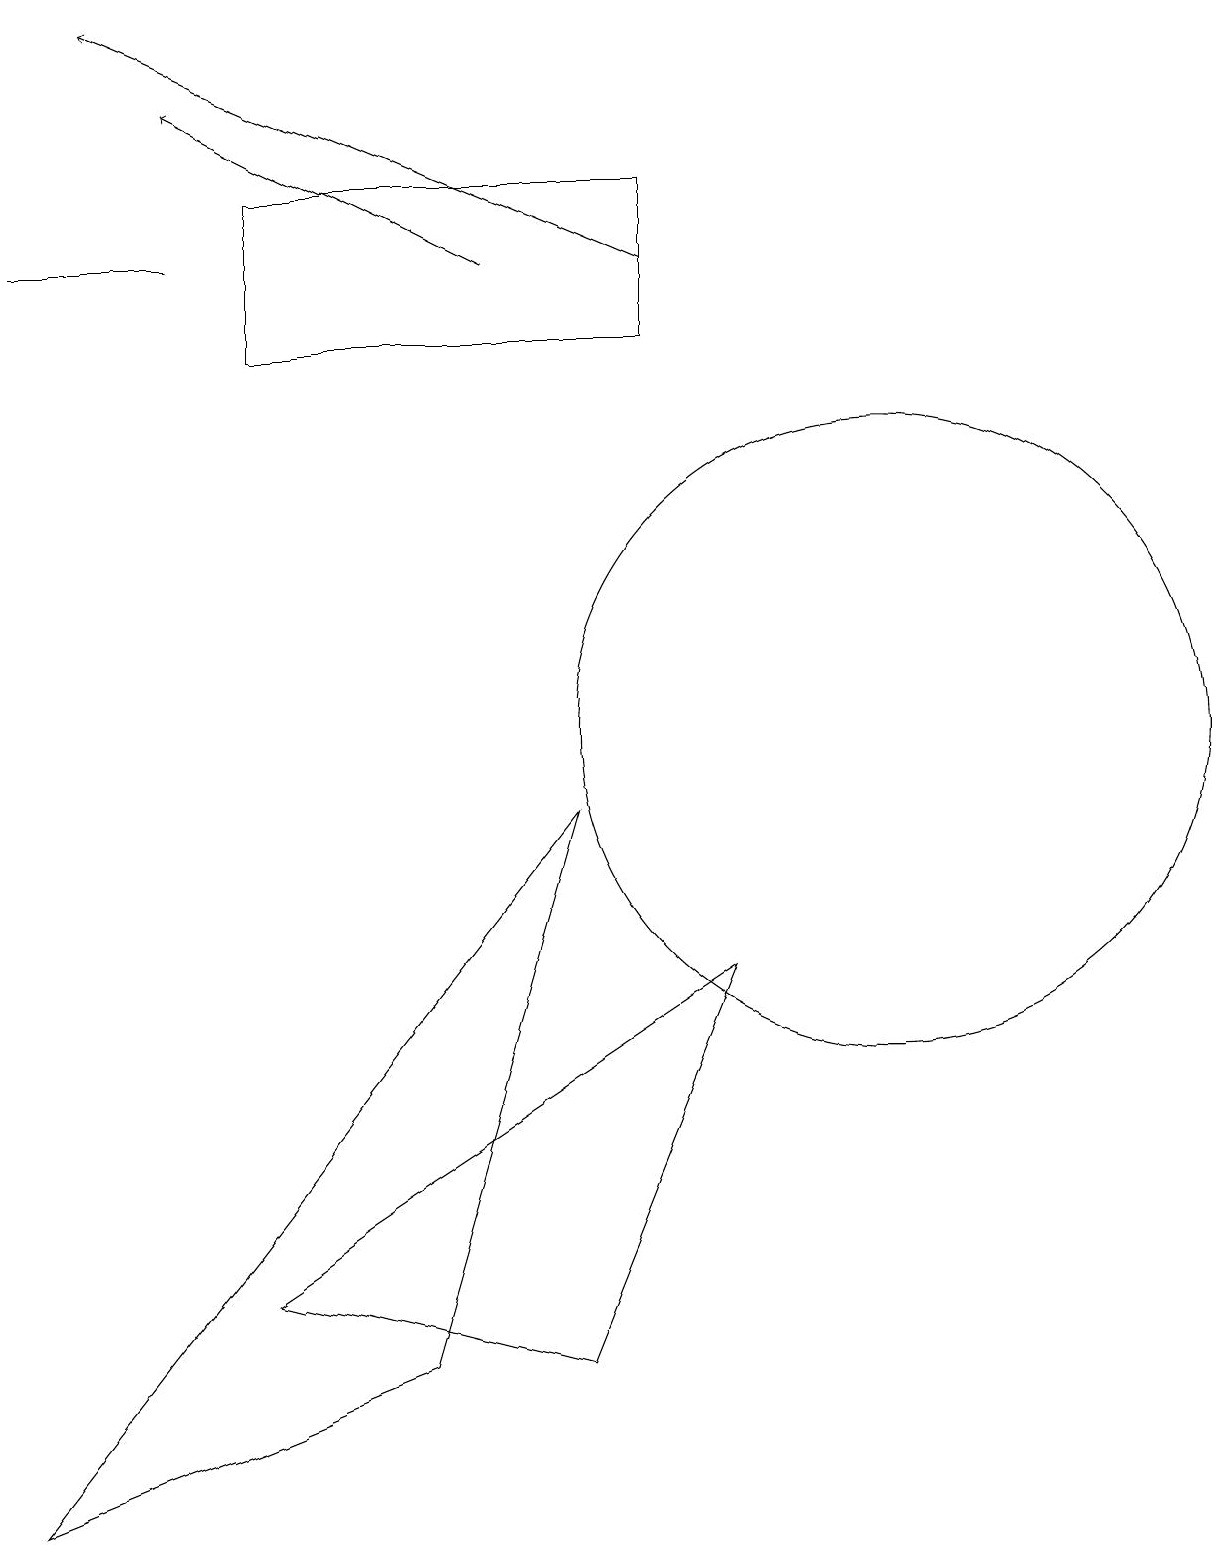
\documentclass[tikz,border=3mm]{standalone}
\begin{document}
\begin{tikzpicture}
\draw (7,9) -- (0,0) -- (5,2) -- cycle;
\draw (0,16) rectangle (2,16);
\draw[->] (8,16) -- (1,19);
\draw[->] (6,16) -- (2,18);
\draw (8,17) rectangle (3,15);
\draw (7,2) -- (9,7) -- (3,3) -- cycle;
\draw (11,10) circle (4);
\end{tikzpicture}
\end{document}